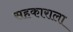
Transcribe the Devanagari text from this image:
सहकाराला